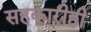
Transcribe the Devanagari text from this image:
सहकारीही